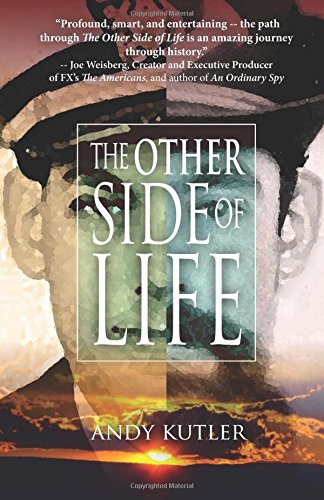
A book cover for The Other Side of Life; Andy Kutler; Science Fiction & Fantasy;